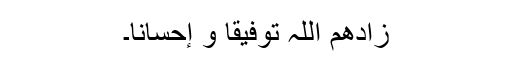
زادھم اللّٰہ توفیقًا و إحسانًا۔